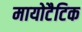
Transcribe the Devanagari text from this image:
मायोटैटिक